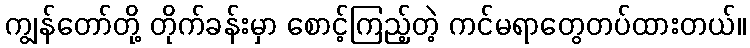
ကျွန်တော်တို့ တိုက်ခန်းမှာ စောင့်ကြည့်တဲ့ ကင်မရာတွေတပ်ထားတယ်။